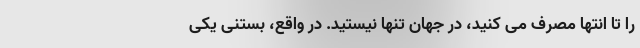
را تا انتها مصرف می کنید، در جهان تنها نیستید. در واقع، بستنی یکی